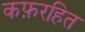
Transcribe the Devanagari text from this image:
कफ़रहित